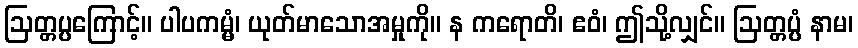
ဩတ္တပ္ပကြောင့်။ ပါပကမ္မံ၊ ယုတ်မာသောအမှုကို။ န ကရောတိ၊ ဧဝံ၊ ဤသို့လျှင်။ ဩတ္တပ္ပံ နာမ၊